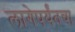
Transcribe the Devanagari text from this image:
लागेपर्यंतचा